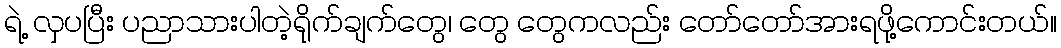
ရဲ့ လှပပြီး ပညာသားပါတဲ့ရိုက်ချက်တွေ၊ တွေ တွေကလည်း တော်တော်အားရဖို့ကောင်းတယ်။